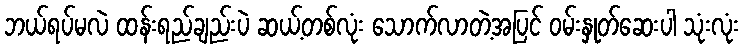
ဘယ်ရပ်မလဲ ထန်းရည်ချည်းပဲ ဆယ့်တစ်လုံး သောက်လာတဲ့အပြင် ဝမ်းနှုတ်ဆေးပါ သုံးလုံး